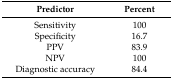
<table><thead><tr><td><b>Predictor</b></td><td><b>Percent</b></td></tr></thead><tbody><tr><td>Sensitivity</td><td>100</td></tr><tr><td>Specificity</td><td>16.7</td></tr><tr><td>PPV</td><td>83.9</td></tr><tr><td>NPV</td><td>100</td></tr><tr><td>Diagnostic accuracy</td><td>84.4</td></tr></tbody></table>